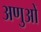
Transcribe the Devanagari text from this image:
अणुआें